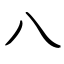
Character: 八